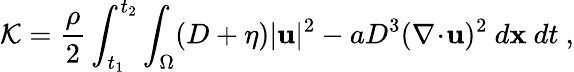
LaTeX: \mathcal{K}=\frac{\rho}{2}\int_{t_{1}}^{t_{2}}\int_{\Omega}(D+\eta)|\mathbf{u}|^{2}-aD^{3}(\nabla\! \cdot\! \mathbf{u})^{2}~d\mathbf{x}~dt\ ,